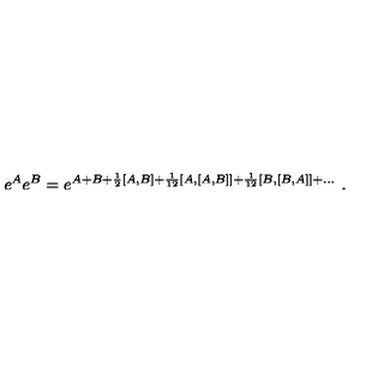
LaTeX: e ^ { A } e ^ { B } = e ^ { A + B + { \frac { 1 } { 2 } } [ A , B ] + { \frac { 1 } { 1 2 } } [ A , [ A , B ] ] + { \frac { 1 } { 1 2 } } [ B , [ B , A ] ] + \ldots } \ .